Leaving Certificate Examination, 1906
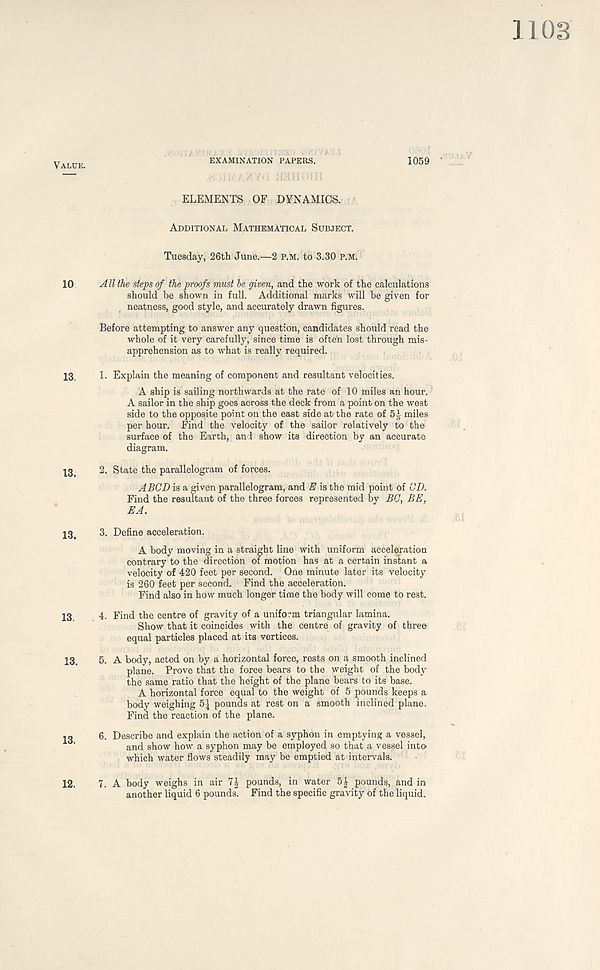
Value.
10
13.
13.
13.
13.
13.
13.
EXAMINATION PAPERS.
1059
r. )H/ /./YU JIHHDIH
ELEMENTS OF DYNAMICS.
Additional Mathematical Subject.
Tuesday, 26th June.—2 p.m. to 3.30 p.m.
A ll the steps of the proofs must be given, and the work of the calculations
should be shown in full. Additional marks will be given for
neatness, good style, and accurately drawn figures.
Before attempting to answer any question, candidates should read the
whole of it very carefully, since time is ofte' n lost through mis-
apprehension as to what is really required.
1. Explain the meaning of component and resultant velocities.
A ship is sailing northwards at the rate of 10 miles an hour.
A sailor in the ship goes across the deck from a point on the west
side to the opposite point on the east side at the rate of 5^ miles
per hour. Find the velocity of the sailor relatively to the
surface of the Earth, and show its direction by an accurate
diagram.
2. State the parallelogram of forces.
A BCD is a given parallelogram, and E is the mid point of CD.
Find the resultant of the three forces represented by BC, BE,
EA.
3. Define acceleration.
A body moving in a straight line with uniform acceleration
contrary to the direction of motion has at a certain instant a
velocity of 420 feet per second. One minute later its velocity
is 260 feet per second. Find the acceleration.
Find also in how much longer time the body will come to rest.
4. Find the centre of gravity of a uniform triangular lamina.
Show that it coincides with the centre of gravity of three
equal particles placed at its vertices.
5. A body, acted on by a horizontal force, rests on a smooth inclined
plane. Prove that the force bears to the weight of the body
the same ratio that the height of the plane bears to its base.
A horizontal force equal to the weight of 5 pounds keeps a
body weighing 5| pounds at rest on a smooth inclined plane.
Find the reaction of the plane.
6. Describe and explain the action of a syphon in emptying a vessel,
and show how a syphon may be employed so that a vessel intO'
which water flows steadily may be emptied at intervals.
7. A body weighs in air 7£ pounds, in water 5£ pounds, and in
another liquid 6 pounds’! Find the specific gravity of the liquid.
12.